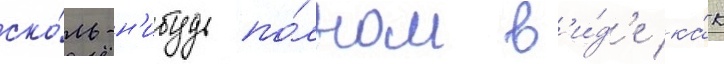
ско́ль-н'ибудь по́лном в'и́д'е ка́к